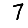
Digit: 7